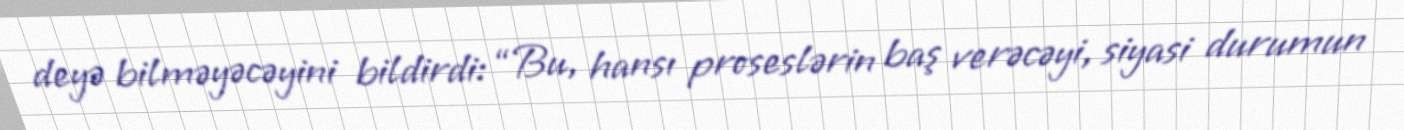
deyə bilməyəcəyini bildirdi: “Bu, hansı proseslərin baş verəcəyi, siyasi durumun